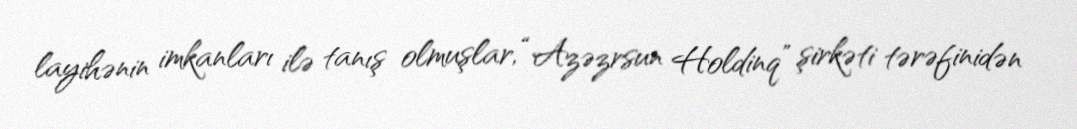
layihənin imkanları ilə tanış olmuşlar, “Azəzrsun Holdinq” şirkəti tərəfinidən